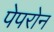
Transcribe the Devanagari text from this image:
पेपरोन